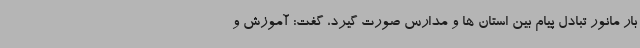
بار مانور تبادل پیام بین استان ها و مدارس صورت گیرد، گفت: آموزش و